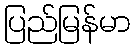
ပြည်မြန်မာ